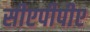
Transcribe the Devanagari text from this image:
सीएपीपीए